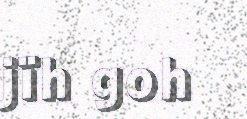
jïh goh